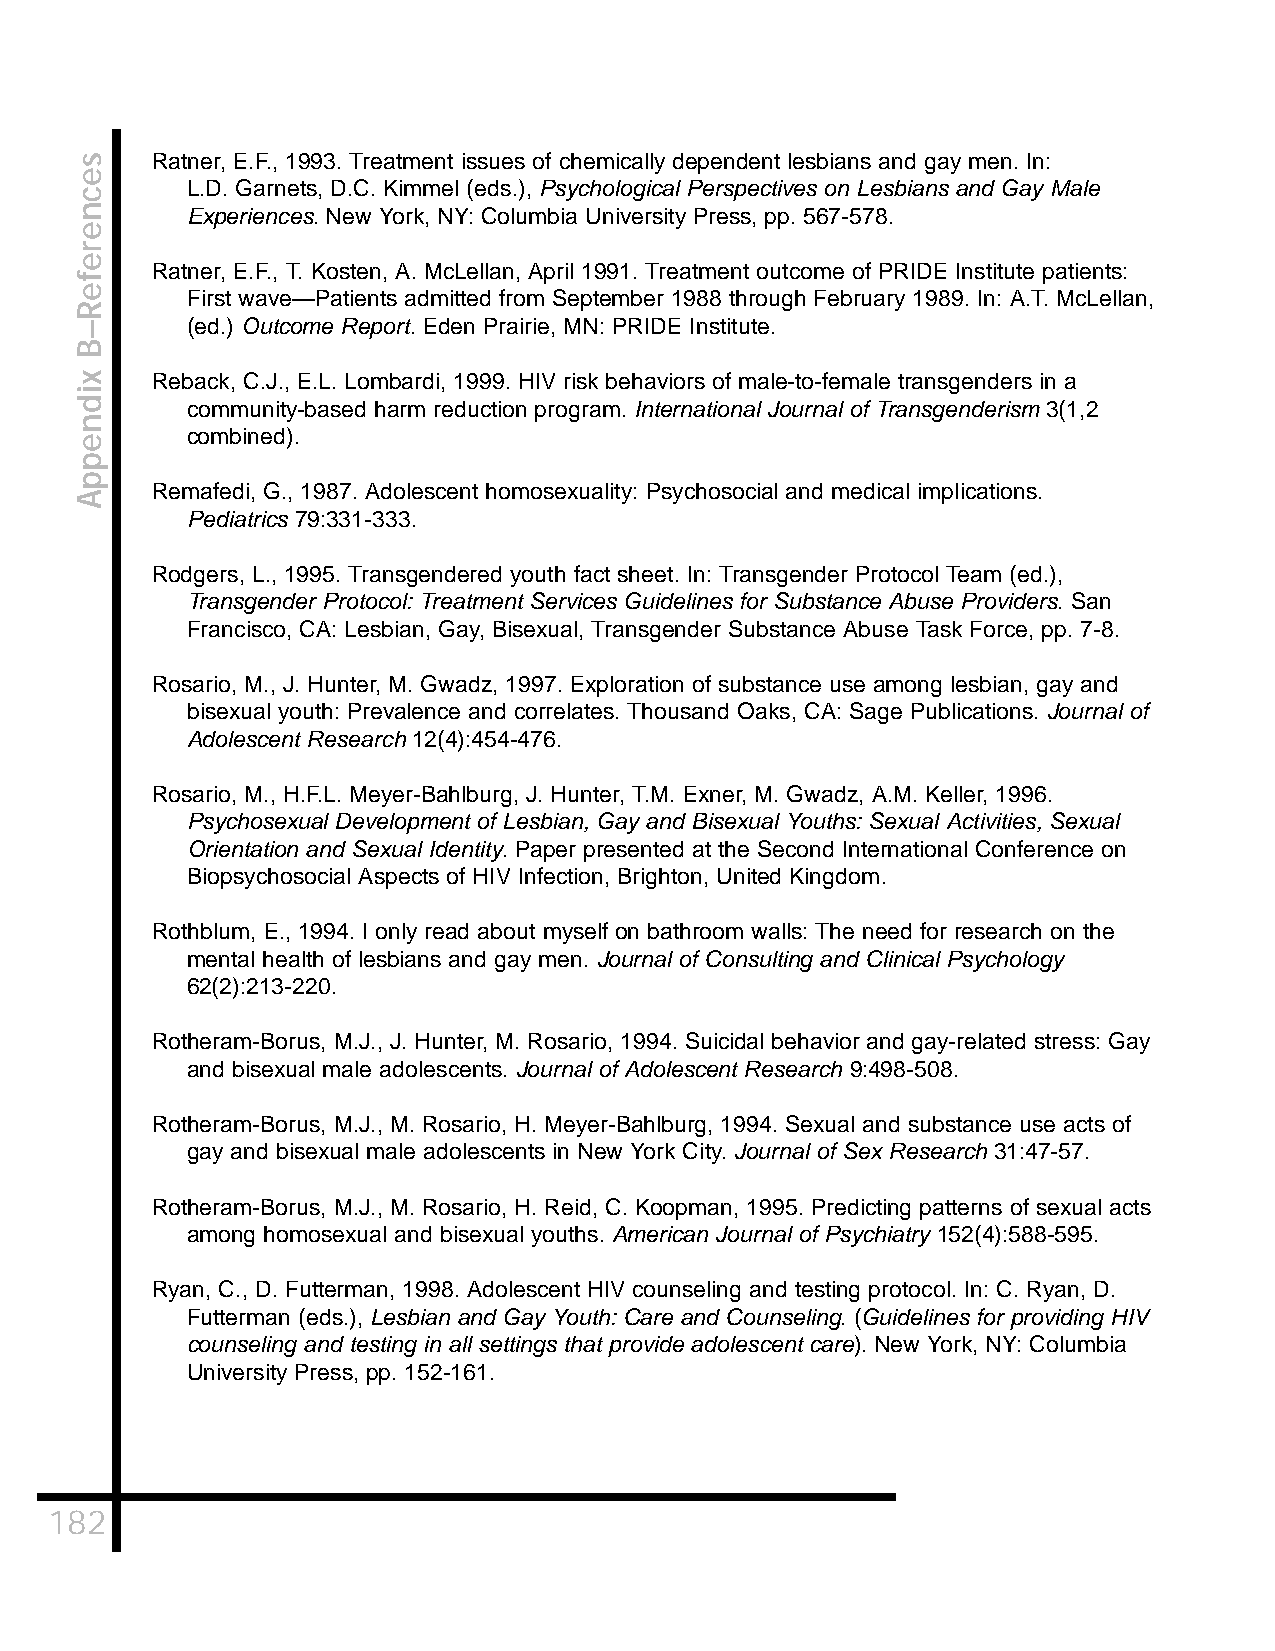
Ratner, E.F., 1993. Treatment issues of chemically dependent lesbians and gay men. In:
 L.D. Garnets, D.C. Kimmel (eds.), Psychological Perspectives on Lesbians and Gay Male
 Experiences. New York, NY: Columbia University Press, pp. 567-578.
 Ratner, E.F., T. Kosten, A. McLellan, April 1991. Treatment outcome of PRIDE Institute patients:
 First wave—Patients admitted from September 1988 through February 1989. In: A.T. McLellan,
 (ed.) Outcome Report. Eden Prairie, MN: PRIDE Institute.
 Reback, C.J., E.L. Lombardi, 1999. HIV risk behaviors of male-to-female transgenders in a
 community-based harm reduction program. International Journal of Transgenderism 3(1,2
 combined).
 Remafedi, G., 1987. Adolescent homosexuality: Psychosocial and medical implications.
 Pediatrics 79:331-333.
 Rodgers, L., 1995. Transgendered youth fact sheet. In: Transgender Protocol Team (ed.),
 Transgender Protocol: Treatment Services Guidelines for Substance Abuse Providers. San
 Francisco, CA: Lesbian, Gay, Bisexual, Transgender Substance Abuse Task Force, pp. 7-8.
 Rosario, M., J. Hunter, M. Gwadz, 1997. Exploration of substance use among lesbian, gay and
 bisexual youth: Prevalence and correlates. Thousand Oaks, CA: Sage Publications. Journal of
 Adolescent Research 12(4):454-476.
 Rosario, M., H.F.L. Meyer-Bahlburg, J. Hunter, T.M. Exner, M. Gwadz, A.M. Keller, 1996.
 Psychosexual Development of Lesbian, Gay and Bisexual Youths: Sexual Activities, Sexual
 Orientation and Sexual Identity. Paper presented at the Second International Conference on
 Biopsychosocial Aspects of HIV Infection, Brighton, United Kingdom.
 Rothblum, E., 1994. I only read about myself on bathroom walls: The need for research on the
 mental health of lesbians and gay men. Journal of Consulting and Clinical Psychology
 62(2):213-220.
 Rotheram-Borus, M.J., J. Hunter, M. Rosario, 1994. Suicidal behavior and gay-related stress: Gay
 and bisexual male adolescents. Journal of Adolescent Research 9:498-508.
 Rotheram-Borus, M.J., M. Rosario, H. Meyer-Bahlburg, 1994. Sexual and substance use acts of
 gay and bisexual male adolescents in New York City. Journal of Sex Research 31:47-57.
 Rotheram-Borus, M.J., M. Rosario, H. Reid, C. Koopman, 1995. Predicting patterns of sexual acts
 among homosexual and bisexual youths. American Journal of Psychiatry 152(4):588-595.
 Ryan, C., D. Futterman, 1998. Adolescent HIV counseling and testing protocol. In: C. Ryan, D.
 Futterman (eds.), Lesbian and Gay Youth: Care and Counseling. (Guidelines for providing HIV
 counseling and testing in all settings that provide adolescent care). New York, NY: Columbia
 University Press, pp. 152-161.
 182
 secnerefeR–B
 xidneppA